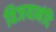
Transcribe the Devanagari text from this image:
विजयानंदि